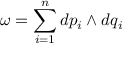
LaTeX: \omega = \sum _ { i = 1 } ^ { n } d p _ { i } \wedge d q _ { i }